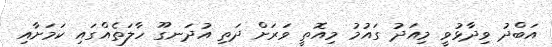
އަބްދު ވިދާޅުވީ މިއަދު ގައުމު މިއޮތީ ވަރަށް ދަތި އުދަނގޫ ހާލަތެއްގައި ކަމަށާއި